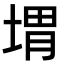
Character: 㙕